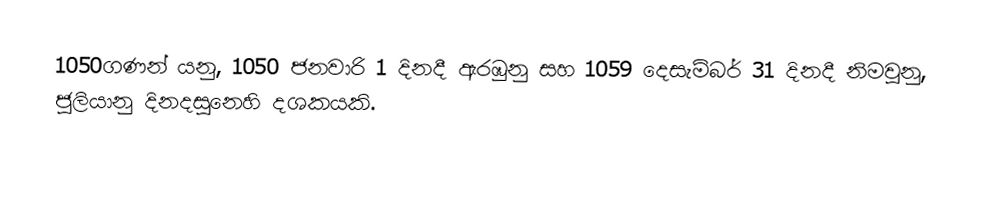
1050ගණන් යනු, 1050 ජනවාරි 1 දිනදී ඇරඹුනු සහ 1059 දෙසැම්බර් 31 දිනදී නිමවුනු, ජුලියානු දිනදසුනෙහි දශකයකි.